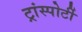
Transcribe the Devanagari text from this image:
ट्रांस्पोर्टी